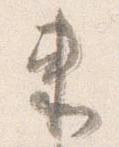
束